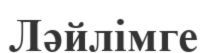
Ләйлімге